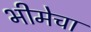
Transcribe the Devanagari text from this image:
भीमेचा